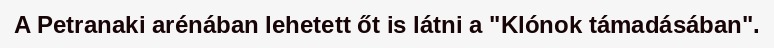
A Petranaki arénában lehetett őt is látni a "Klónok támadásában".